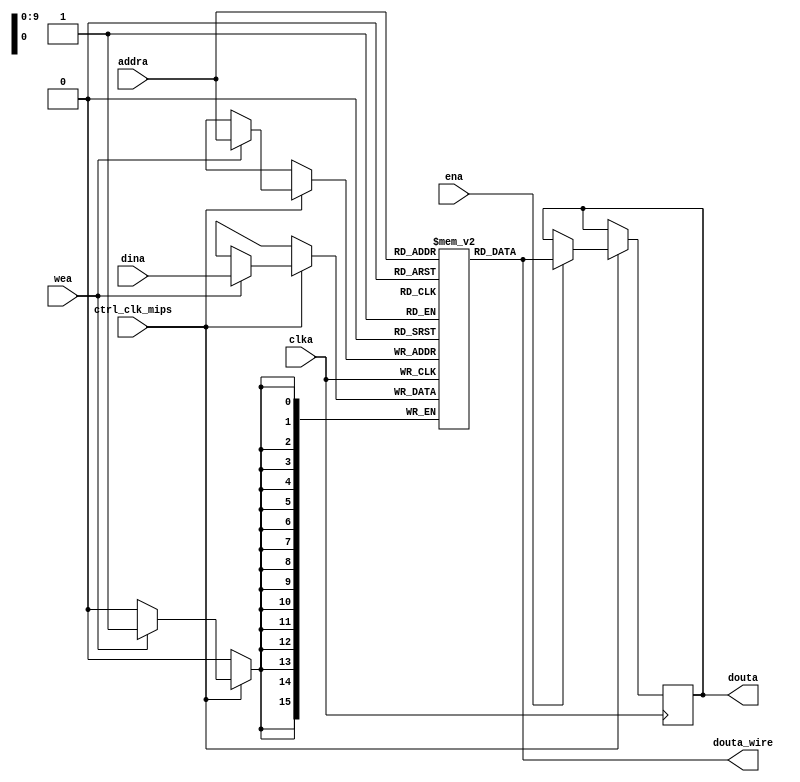

//  Xilinx Single Port No Change RAM
//  This code implements a parameterizable single-port no-change memory where when data is written
//  to the memory, the output remains unchanged.  This is the most power efficient write mode.
//  If a reset or enable is not necessary, it may be tied off or removed from the code.

module ram_datos #(
  parameter RAM_WIDTH = 16,                       // Specify RAM data width
  parameter RAM_DEPTH = 1024,                     // Specify RAM depth (number of entries)
  parameter RAM_PERFORMANCE = "LOW_LATENCY", // Select "HIGH_PERFORMANCE" or "LOW_LATENCY" 
  parameter INIT_FILE = ""                        // Specify name/location of RAM initialization file if using one (leave blank if not)
) (
  input [clogb2(RAM_DEPTH-1)-1:0] addra,  // Address bus, width determined from RAM_DEPTH
  input [RAM_WIDTH-1:0] dina,           // RAM input data
  input clka,                           // Clock
  input ctrl_clk_mips,
  input wea,                            // Write enable
  input ena,                            // RAM Enable, for additional power savings, disable port when not in use
  output [RAM_WIDTH-1:0] douta,         // RAM output data
  output [RAM_WIDTH-1:0] douta_wire     // RAM output data wire
);
  wire regcea = 1;                         // Output register enable
  wire rsta = 0; // Output reset (does not affect memory contents)

  reg [RAM_WIDTH-1:0] BRAM [RAM_DEPTH-1:0];
  reg [RAM_WIDTH-1:0] ram_data = {RAM_WIDTH{1'b0}};


  assign douta_wire = BRAM[addra];

  // The following code either initializes the memory values to a specified file or to all zeros to match hardware
  generate
    if (INIT_FILE != "") begin: use_init_file
      initial
        $readmemh(INIT_FILE, BRAM, 0, RAM_DEPTH-1);
    end else begin: init_bram_to_zero
      integer ram_index;
      integer valor = 0;//128;
      initial
        for (ram_index = 0; ram_index < RAM_DEPTH; ram_index = ram_index + 1)
          BRAM[ram_index] = {RAM_WIDTH{1'b0}}+(ram_index)+valor;
    end
  endgenerate

  always @(negedge clka)
  begin
    if (ctrl_clk_mips) begin
		if (wea)
			BRAM[addra] <= dina;
		if (ena)
			ram_data <= BRAM[addra];
    end
  end

  //  The following code generates HIGH_PERFORMANCE (use output register) or LOW_LATENCY (no output register)
  generate
    if (RAM_PERFORMANCE == "LOW_LATENCY") begin: no_output_register

      // The following is a 1 clock cycle read latency at the cost of a longer clock-to-out timing
       assign douta = ram_data;

    end else begin: output_register

      // The following is a 2 clock cycle read latency with improve clock-to-out timing

      reg [RAM_WIDTH-1:0] douta_reg = {RAM_WIDTH{1'b0}};

      always @(negedge clka)
        if (rsta)
          douta_reg <= {RAM_WIDTH{1'b0}};
        else if (regcea)
          douta_reg <= ram_data;

      assign douta = douta_reg;

    end
  endgenerate

  //  The following function calculates the address width based on specified RAM depth
  function integer clogb2;
    input integer depth;
      for (clogb2=0; depth>0; clogb2=clogb2+1)
        depth = depth >> 1;
  endfunction

endmodule

// The following is an instantiation template for xilinx_single_port_ram_no_change
/*
  //  Xilinx Single Port No Change RAM
  xilinx_single_port_ram_no_change #(
    .RAM_WIDTH(18),                       // Specify RAM data width
    .RAM_DEPTH(1024),                     // Specify RAM depth (number of entries)
    .RAM_PERFORMANCE("HIGH_PERFORMANCE"), // Select "HIGH_PERFORMANCE" or "LOW_LATENCY" 
    .INIT_FILE("")                        // Specify name/location of RAM initialization file if using one (leave blank if not)
  ) your_instance_name (
    .addra(addra),    // Address bus, width determined from RAM_DEPTH
    .dina(dina),      // RAM input data, width determined from RAM_WIDTH
    .clka(clka),      // Clock
    .wea(wea),        // Write enable
    .ena(ena),        // RAM Enable, for additional power savings, disable port when not in use
    .rsta(rsta),      // Output reset (does not affect memory contents)
    .regcea(regcea),  // Output register enable
    .douta(douta)     // RAM output data, width determined from RAM_WIDTH
  );

*/